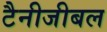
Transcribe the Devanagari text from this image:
टैनीजीबल